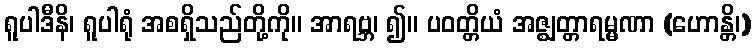
ရူပါဒီနိ၊ ရူပါရုံ အစရှိသည်တို့ကို။ အာရဗ္ဘ၊ ၍။ ပဝတ္တိယံ အဇ္ဈတ္တာရမ္မဏာ (ဟောန္တိ၊)